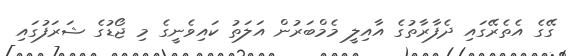
ގޭގެ އެތެރޭގައި ދެފާރާތުގެ އާއިލީ މެމްބަރުން އަލަތު ކައިވެނީގެ މި ޖޯޑުގެ ޝަރަފުގައި